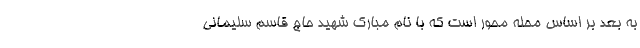
به بعد بر اساس محله محور است که با نام مبارک شهید حاج قاسم سلیمانی